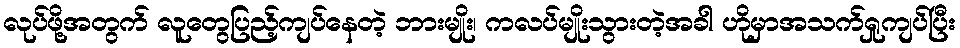
လုပ်ဖို့အတွက် လူတွေပြည့်ကျပ်နေတဲ့ ဘားမျိုး၊ ကလပ်မျိုးသွားတဲ့အခါ ဟိုမှာအသက်ရှုကျပ်ပြီး